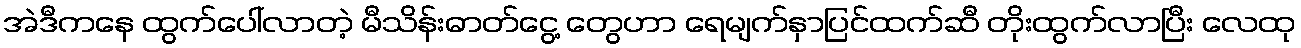
အဲဒီကနေ ထွက်ပေါ်လာတဲ့ မီသိန်းဓာတ်ငွေ့ တွေဟာ ရေမျက်နှာပြင်ထက်ဆီ တိုးထွက်လာပြီး လေထု